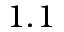
1 . 1